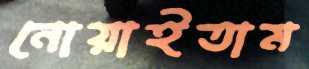
নোয়াইতাম